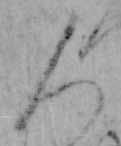
人